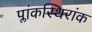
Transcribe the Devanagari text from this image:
प्लांकस्थिरांक